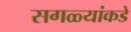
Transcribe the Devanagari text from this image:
सगळ्यांकडे